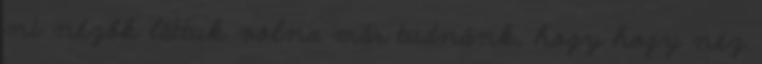
mi nézők láttuk volna már tudnánk, hogy hogy néz